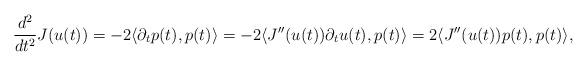
LaTeX: \begin{align*} \frac{d^2}{dt^2} J(u(t)) = -2 \langle \partial_t p(t), p(t) \rangle= - 2 \langle J''(u(t)) \partial_t u(t), p(t) \rangle = 2 \langle J''(u(t)) p(t), p(t) \rangle, \end{align*}